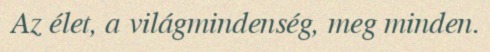
Az élet, a világmindenség, meg minden.